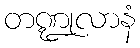
တဏ္ဍုလာနံ